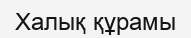
Халық құрамы